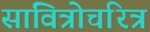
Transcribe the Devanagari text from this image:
सावित्रोचरित्र